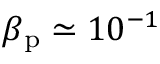
\beta _ { \mathrm { p } } \simeq 1 0 ^ { - 1 }